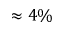
\approx 4 \%